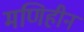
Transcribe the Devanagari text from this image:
मणिहीन